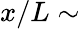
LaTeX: x/L\sim